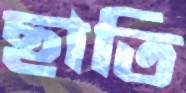
ছাতি